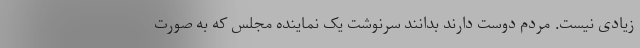
زیادی نیست. مردم دوست دارند بدانند سرنوشت یک نماینده مجلس که به صورت